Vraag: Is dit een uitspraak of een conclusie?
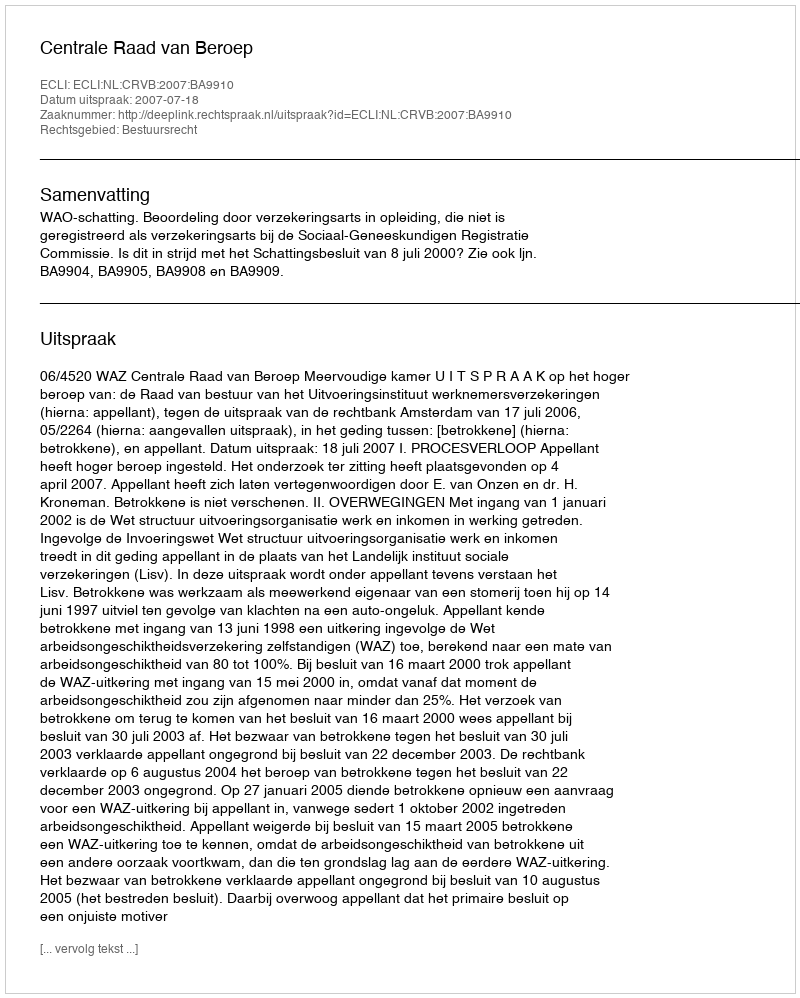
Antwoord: Uitspraak